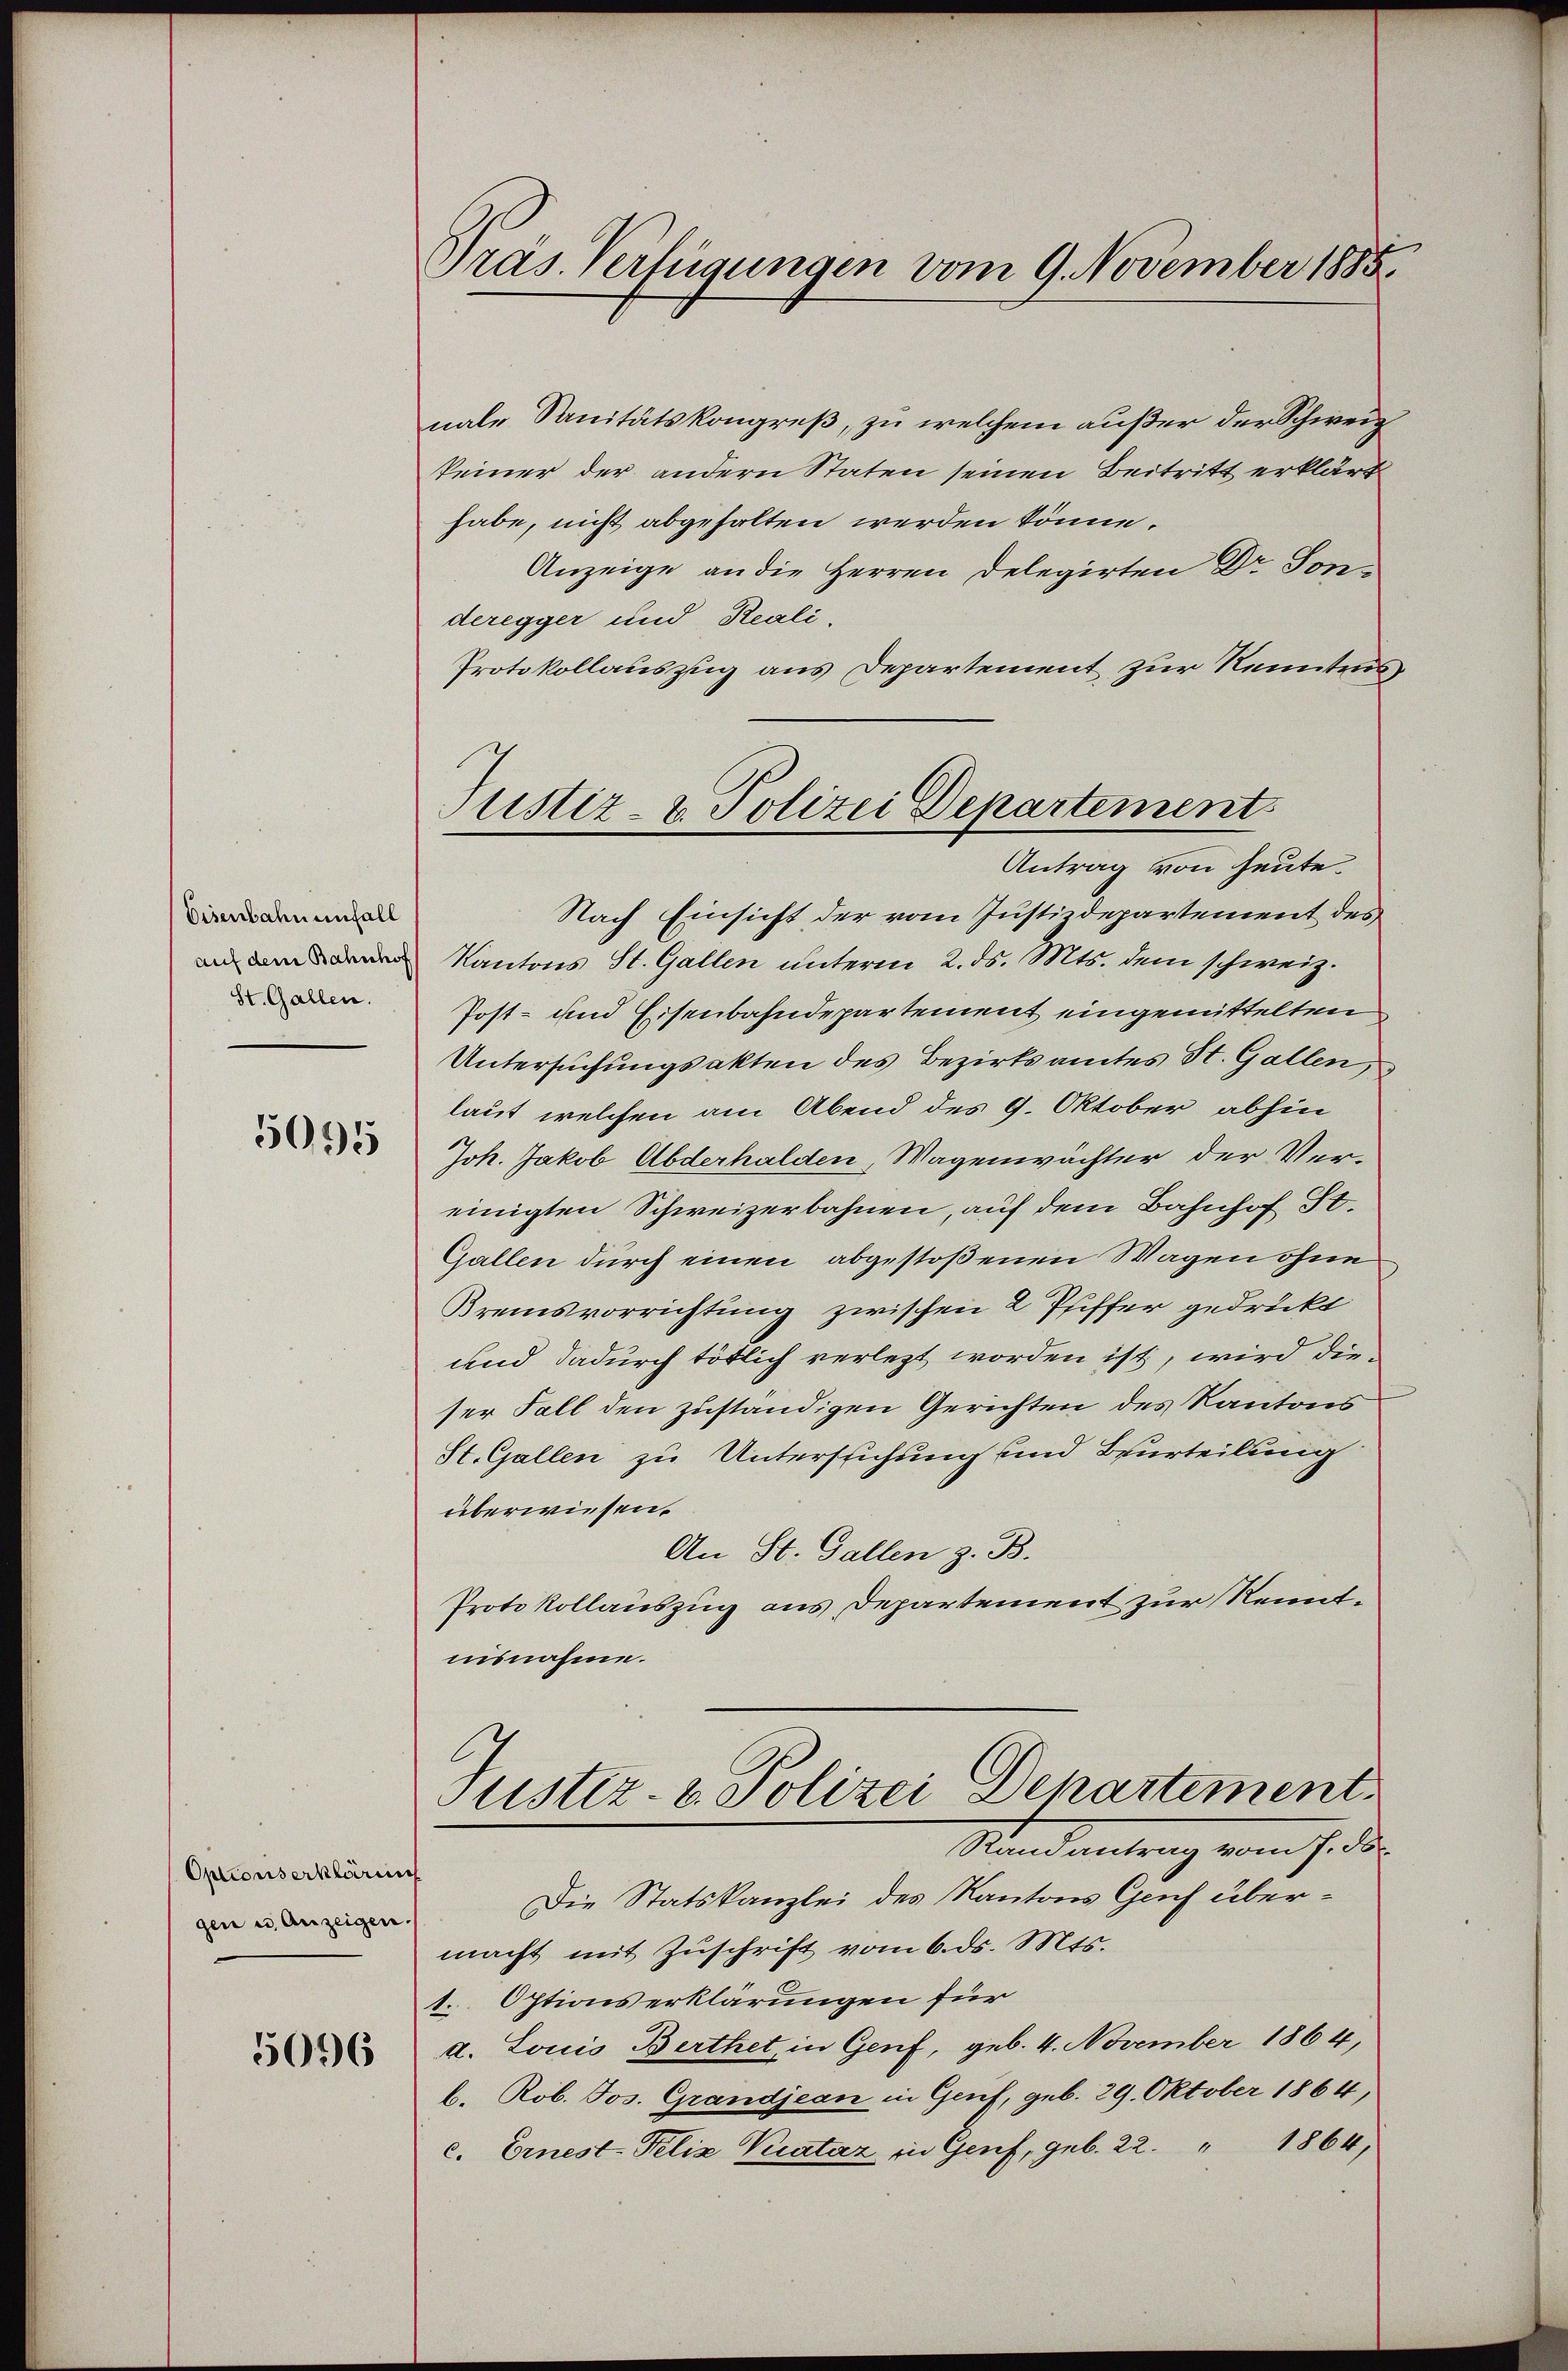
Eisenbahn enfall
auf dem Bahnhof
St. Gallen.

5095

Optionserkläru
gen u. Anzeigen.

5096

Präs. Verfügungen vom 9. November 1885

nale Sanitätskongreß, zu welchem außer der Schweiz
keiner der andern Staten seinen Beitritt erklärt
habe, nicht abgehalten werden könne.
Anzeige an die Herren Delegirten Dr. Sonderegger und Reali.
Protokollauszug aus Departement zur Kenntnis
Nach Einsicht der vom Justizdepartement des
Kantons St. Gallen unterm 2. ds. Mts. dem schweiz.
Post- und Eisenbahndepartement eingemittelten
Untersuchungsakten des Bezirksamtes St. Gallen,
laut welchen am Abend des 9. Oktober abhin
Joh. Jakob Abderhalden, Wagenwächter der Vereinigten Schweizerbahnen, auf dem Bahnhof St.
Gallen durch einen abgestoßenen Wagen ohne
Kremsvorrichtung zwischen 2 Pfiffer gedruckt
und dadurch tötlich verletzt worden ist, wird dieser Fall den zuständigen Gerichten des Kantons
St. Gallen zu Untersuchung und Beurteilung
überwiesen.
An St. Gallen z. B.
Protokollauszug aus Departement zur Kenntinsnahme.

Justiz- & Polizei Departement
Antrag von heute.

Justiz- & Polizei Departement
Rand antrag vom 7. ds.

Die Statskanzlei des Kantons Gruch übermacht mit Zuschrift vom 6. ds. Mts.
. Optionserklärungen für
d. Louis Berthet, in Genf, geb. 4. November 1864,
b. Rob. Jos. Grandjean in Genf, geb. 29. Oktober 1864,
c. Ernest-Felix Kratáz in Genf, geb. 22. " 1864,